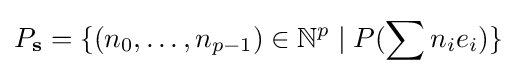
P_{\mathbf {s} }=\{(n_{0},\dots ,n_{p-1})\in \mathbb {N} ^{p}\mid P(\sum n_{i}e_{i})\}